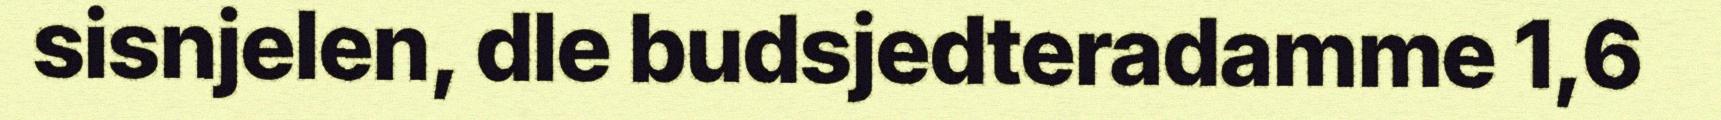
sisnjelen, dle budsjedteradamme 1,6